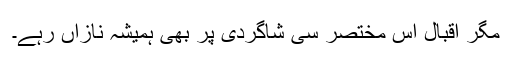
مگر اقبال اس مختصر سی شاگردی پر بھی ہمیشہ نازاں رہے۔